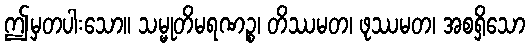
ဤမှတပါးသော။ သမ္မုတိမရဏဉ္စ၊ တိဿမတ၊ ဖုဿမတ၊ အစရှိသော